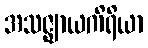
အသဇ္ဈာယကိရိယာ